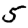
Digit: 5